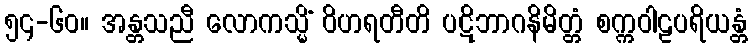
၅၄-၆၀။ အန္တသညီ လောကသ္မိံ ဝိဟရတီတိ ပဋိဘာဂနိမိတ္တံ စက္ကဝါဠပရိယန္တံ